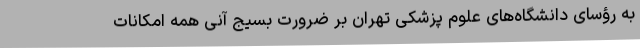
به رؤسای دانشگاه‌های علوم پزشکی تهران بر ضرورت بسیج آنی همه امکانات